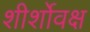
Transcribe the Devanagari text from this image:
शीर्शोवक्ष